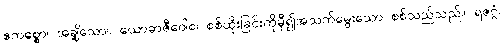
ဧကစ္စော၊ အချို့သော။ ယောဓာဇီဝေါစ၊ စစ်ထိုးခြင်းကိုမှီ၍အသက်မွေးသော စစ်သည်သည်။ ရဇဂ္ဂံ၊